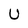
Character: U